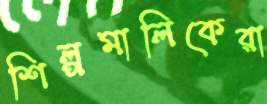
শিল্পমালিকেরা